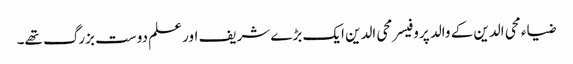
ضیاء محی الدین کے والد پروفیسر محی الدین ایک بڑے شریف اور علم دوست بزرگ تھے۔